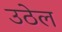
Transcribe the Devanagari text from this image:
उठेल